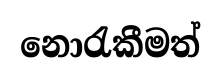
නොරැකීමත්